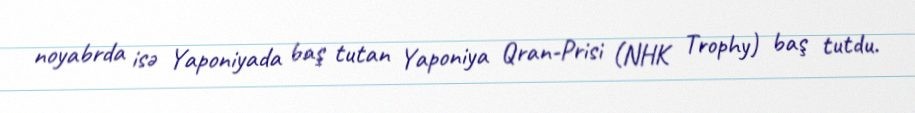
noyabrda isə Yaponiyada baş tutan Yaponiya Qran-Prisi (NHK Trophy) baş tutdu.